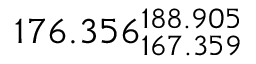
1 7 6 . 3 5 6 _ { 1 6 7 . 3 5 9 } ^ { 1 8 8 . 9 0 5 }